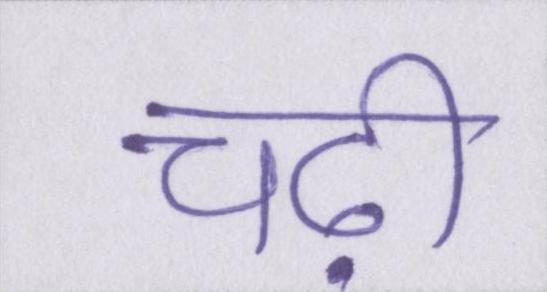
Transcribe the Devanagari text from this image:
चढ़ी